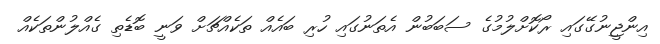
އިންޖީނުގޭގައި ރޯކޮށްލުމުގެ ސަބަބުން އެތަނުގައި ހުރި ބައެއް ތަކެއްޗަށް ވަނީ ބޮޑެތި ގެއްލުންތަކެއް